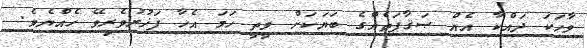
ވާހަކަ ދައްކާ އެއް ޞަޤާފަތެއްގެ ބަޔަކަށް ވީތީ ހަމަ އެހާ ފަޚުރުވެރިވޭ ހެއްޔެވެ.